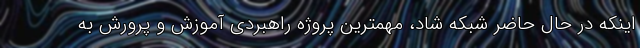
اینکه در حال حاضر شبکه شاد، مهمترین پروژه راهبردی آموزش و پرورش به